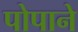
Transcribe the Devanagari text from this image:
पोपाने